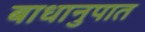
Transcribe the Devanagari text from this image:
बाधानुपात